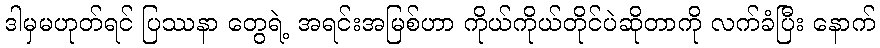
ဒါမှမဟုတ်ရင် ပြဿနာ တွေရဲ့ အရင်းအမြစ်ဟာ ကိုယ်ကိုယ်တိုင်ပဲဆိုတာကို လက်ခံပြီး နောက်